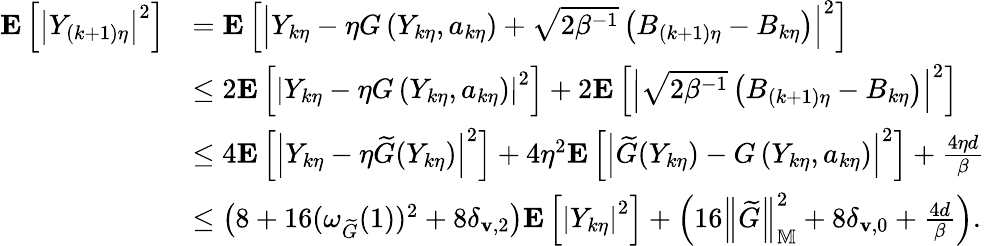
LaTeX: \begin{array}{rl}{\mathbf{E}\left[\left|Y_{(k+1)\eta}\right|^{2}\right]}&{=\mathbf{E}\left[\left|Y_{k\eta}-\eta{G}\left(Y_{k\eta},a_{k\eta}\right)+\sqrt{2\beta^{-1}}\left(B_{(k+1)\eta}-B_{k\eta}\right)\right|^{2}\right]}\\ &{\le 2\mathbf{E}\left[\left|Y_{k\eta}-\eta{G}\left(Y_{k\eta},a_{k\eta}\right)\right|^{2}\right]+2\mathbf{E}\left[\left|\sqrt{2\beta^{-1}}\left(B_{(k+1)\eta}-B_{k\eta}\right)\right|^{2}\right]}\\ &{\le 4\mathbf{E}\left[\left|Y_{k\eta}-\eta\widetilde{G}(Y_{k\eta})\right|^{2}\right]+4\eta^{2}\mathbf{E}\left[\left|\widetilde{G}(Y_{k\eta})-{G}\left(Y_{k\eta},a_{k\eta}\right)\right|^{2}\right]+\frac{4\eta d}{\beta}}\\ &{\le\left(8+16(\omega_{\widetilde{G}}(1))^{2}+8\delta_{\mathbf{v},2}\right)\mathbf{E}\left[\left|Y_{k\eta}\right|^{2}\right]+\left(16\left\| \widetilde{G}\right\| _{\mathbb{M}}^{2}+8\delta_{\mathbf{v},0}+\frac{4d}{\beta}\right).}\end{array}